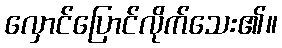
လှောင်ပြောင်လိုက်သေး၏။